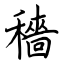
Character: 穡